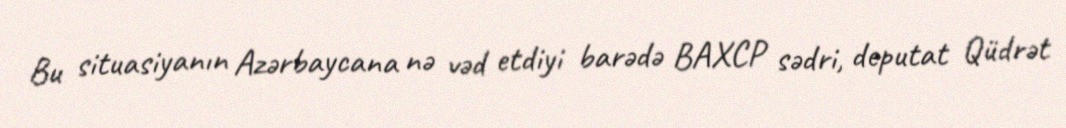
Bu situasiyanın Azərbaycana nə vəd etdiyi barədə BAXCP sədri, deputat Qüdrət